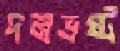
দলভ্রষ্ট